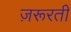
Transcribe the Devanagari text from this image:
ज़रूरती